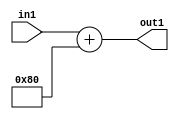
`timescale 1ps / 1ps
/*****************************************************************************
    Verilog RTL Description
    
    
    Created by: Stratus DpOpt 2019.1.01 
*******************************************************************************/

module SobelFilter_Add2i128u8_4 (
	in1,
	out1
	); /* architecture "behavioural" */ 
input [7:0] in1;
output [7:0] out1;
wire [7:0] asc001;

assign asc001 = 
	+(in1)
	+(8'B10000000);

assign out1 = asc001;
endmodule

/* CADENCE  urj4Swk= : u9/ySgnWtBlWxVPRXgAZ4Og= ** DO NOT EDIT THIS LINE ******/